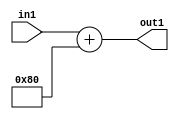
`timescale 1ps / 1ps
/*****************************************************************************
    Verilog RTL Description
    
    
    Created by: Stratus DpOpt 2019.1.01 
*******************************************************************************/

module SobelFilter_Add2i128u8_4 (
	in1,
	out1
	); /* architecture "behavioural" */ 
input [7:0] in1;
output [7:0] out1;
wire [7:0] asc001;

assign asc001 = 
	+(in1)
	+(8'B10000000);

assign out1 = asc001;
endmodule

/* CADENCE  urj4Swk= : u9/ySgnWtBlWxVPRXgAZ4Og= ** DO NOT EDIT THIS LINE ******/